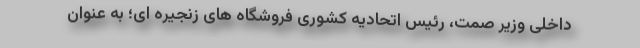
داخلی وزیر صمت، رئیس اتحادیه کشوری فروشگاه های زنجیره ای؛ به عنوان